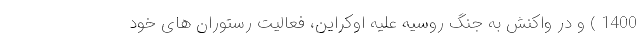
1400 ) و در واکنش به جنگ روسیه علیه اوکراین، فعالیت رستوران های خود